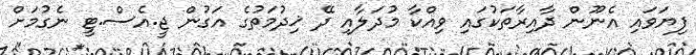
ފިޔަވައި އެނޫން ދާއިރާތަކުގައި ވިއްކާ މުދަލާއި ދޭ ޚިދުމަތުގެ އަގުން ޖީ.އެސް.ޓީ ނެގުމަށް